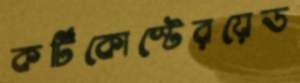
কর্টিকোস্টেরয়েড